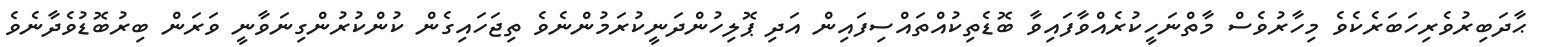
ޙާދަބިރުވެރިހަބަރެކެވެ މިހާރުވެސް މާތްނަހީކުރެއްވާފައިވާ ބޮޑެތިކުއްތައްސިފައިން އަދި ޕޮލިހުންދަނީކުރަމުންނެވެ ތިޖަހައިގެން ކުންކުރުންގިނަވާނީ ވަރަން ބިރުބޮޑުވެދާނެވެ